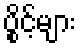
ပွိုင့်များ